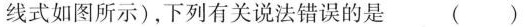
线式如图所示)，下列有关说法错误的是